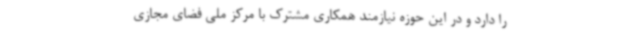
را دارد و در این حوزه نیازمند همکاری مشترک با مرکز ملی فضای مجازی